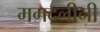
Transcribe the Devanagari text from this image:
मगदलीनी